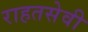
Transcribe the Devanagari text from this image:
राहतसेवी